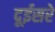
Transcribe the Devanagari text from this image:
दूईसरे